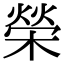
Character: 榮